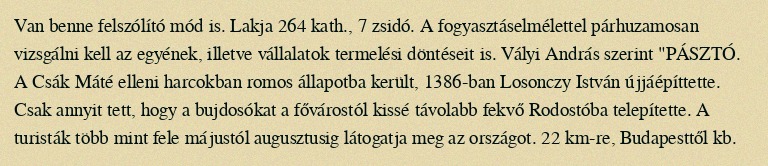
Van benne felszólító mód is. Lakja 264 kath., 7 zsidó. A fogyasztáselmélettel párhuzamosan vizsgálni kell az egyének, illetve vállalatok termelési döntéseit is. Vályi András szerint "PÁSZTÓ. A Csák Máté elleni harcokban romos állapotba került, 1386-ban Losonczy István újjáépíttette. Csak annyit tett, hogy a bujdosókat a fővárostól kissé távolabb fekvő Rodostóba telepítette. A turisták több mint fele májustól augusztusig látogatja meg az országot. 22 km-re, Budapesttől kb.